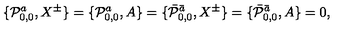
\{ { \cal P } _ { 0 , 0 } ^ { a } , X ^ { \pm } \} = \{ { \cal P } _ { 0 , 0 } ^ { a } , A \} = \{ \bar { { \cal P } } _ { 0 , 0 } ^ { \bar { a } } , X ^ { \pm } \} = \{ \bar { { \cal P } } _ { 0 , 0 } ^ { \bar { a } } , A \} = 0 ,